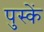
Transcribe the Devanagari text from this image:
पुस्कें